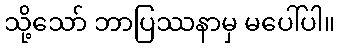
သို့သော် ဘာပြဿနာမှ မပေါ်ပါ။